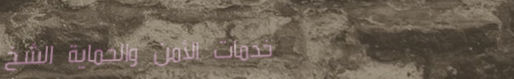
خدمات الأمن والحماية الشخ